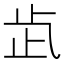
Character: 𣥓